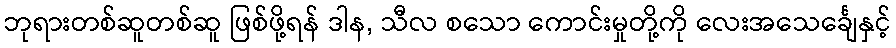
ဘုရားတစ်ဆူတစ်ဆူ ဖြစ်ဖို့ရန် ဒါန, သီလ စသော ကောင်းမှုတို့ကို လေးအသေင်္ချေနှင့်